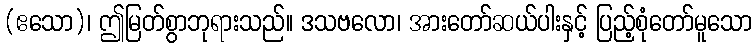
(ဧသော)၊ ဤမြတ်စွာဘုရားသည်။ ဒသဗလော၊ အားတော်ဆယ်ပါးနှင့် ပြည့်စုံတော်မူသော